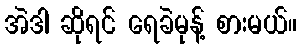
အဲဒါ ဆိုရင် ရေခဲမုန့် စားမယ်။